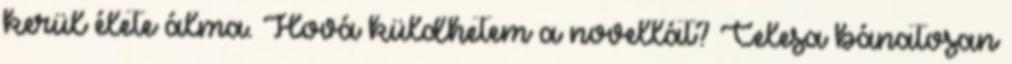
kerül élete álma. Hová küldhetem a novellát? Celesa bánatosan